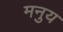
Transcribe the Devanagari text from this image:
मनुय